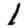
Digit: 1